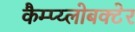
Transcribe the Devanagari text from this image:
कैम्प्य्लोबक्टेर